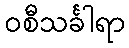
ဝစီသင်္ခါရာ